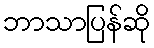
ဘာသာပြန်ဆို